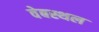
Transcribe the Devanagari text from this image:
वेबस्थल